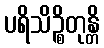
ပရိသိဉ္စိတုန္တိ